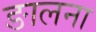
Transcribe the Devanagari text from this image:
ङालना